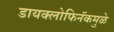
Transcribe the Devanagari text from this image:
डायक्लोफिनॅकमुळे